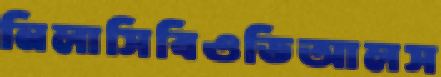
নিলাসিবিওডিআলস